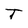
Character: T